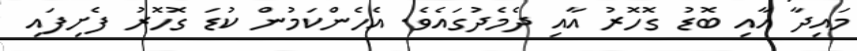
މައިދާ އާއި ބޮޑު ގޮހޮރު އާއި ދެމެދުގައެވެ. އެހެންކަމުން ކުޑަ ގޮހޮރު ފެށިފައި